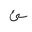
Letter: _ya